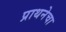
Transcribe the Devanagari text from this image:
प्राथनेचा